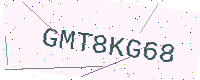
Text: GMT8KG68